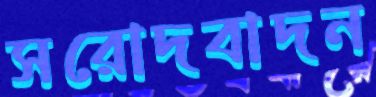
সরোদবাদন